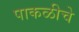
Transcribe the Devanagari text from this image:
पाकळीचे